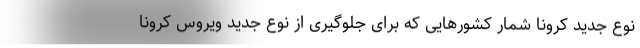
نوع جدید کرونا شمار کشورهایی که برای جلوگیری از نوع جدید ویروس کرونا